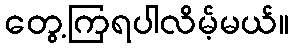
တွေ့ကြရပါလိမ့်မယ်။